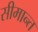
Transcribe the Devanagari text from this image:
सीमान्‍त